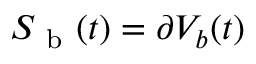
S _ { \mathrm { ~ b ~ } } ( t ) = \partial V _ { b } ( t )